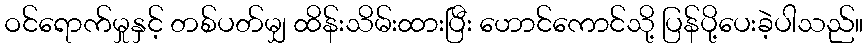
ဝင်ရောက်မှုနှင့် တစ်ပတ်မျှ ထိန်းသိမ်းထားပြီး ဟောင်ကောင်သို့ ပြန်ပို့ပေးခဲ့ပါသည်။